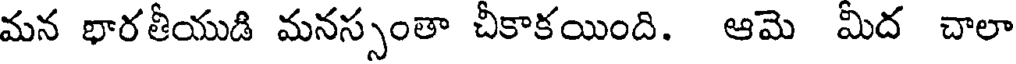
మన భారతీయుడి మనస్సంతా చీకాకయింది. ఆమె మిద చాలా